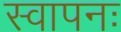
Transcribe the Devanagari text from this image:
स्वापनः